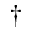
^ \dagger